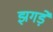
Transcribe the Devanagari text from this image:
झगड़ें